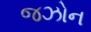
જઝોન